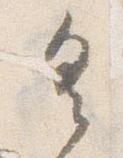
具